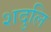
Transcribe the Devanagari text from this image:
शदुलि